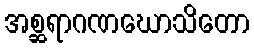
အစ္ဆရာဂဏဃောသိတော